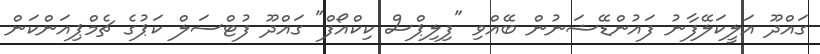
ގައްދޫ އަލީކަލޭފާނު ފައުންޑޭޝަނުން ބޭއްވި "ފިލިޕްސް ކިކްއޯފް" ގައްދޫ ފުޓްސަލް ކަޕުގެ ޗެމްޕިއަންކަން